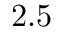
2 . 5